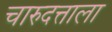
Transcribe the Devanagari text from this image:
चारुदत्ताला